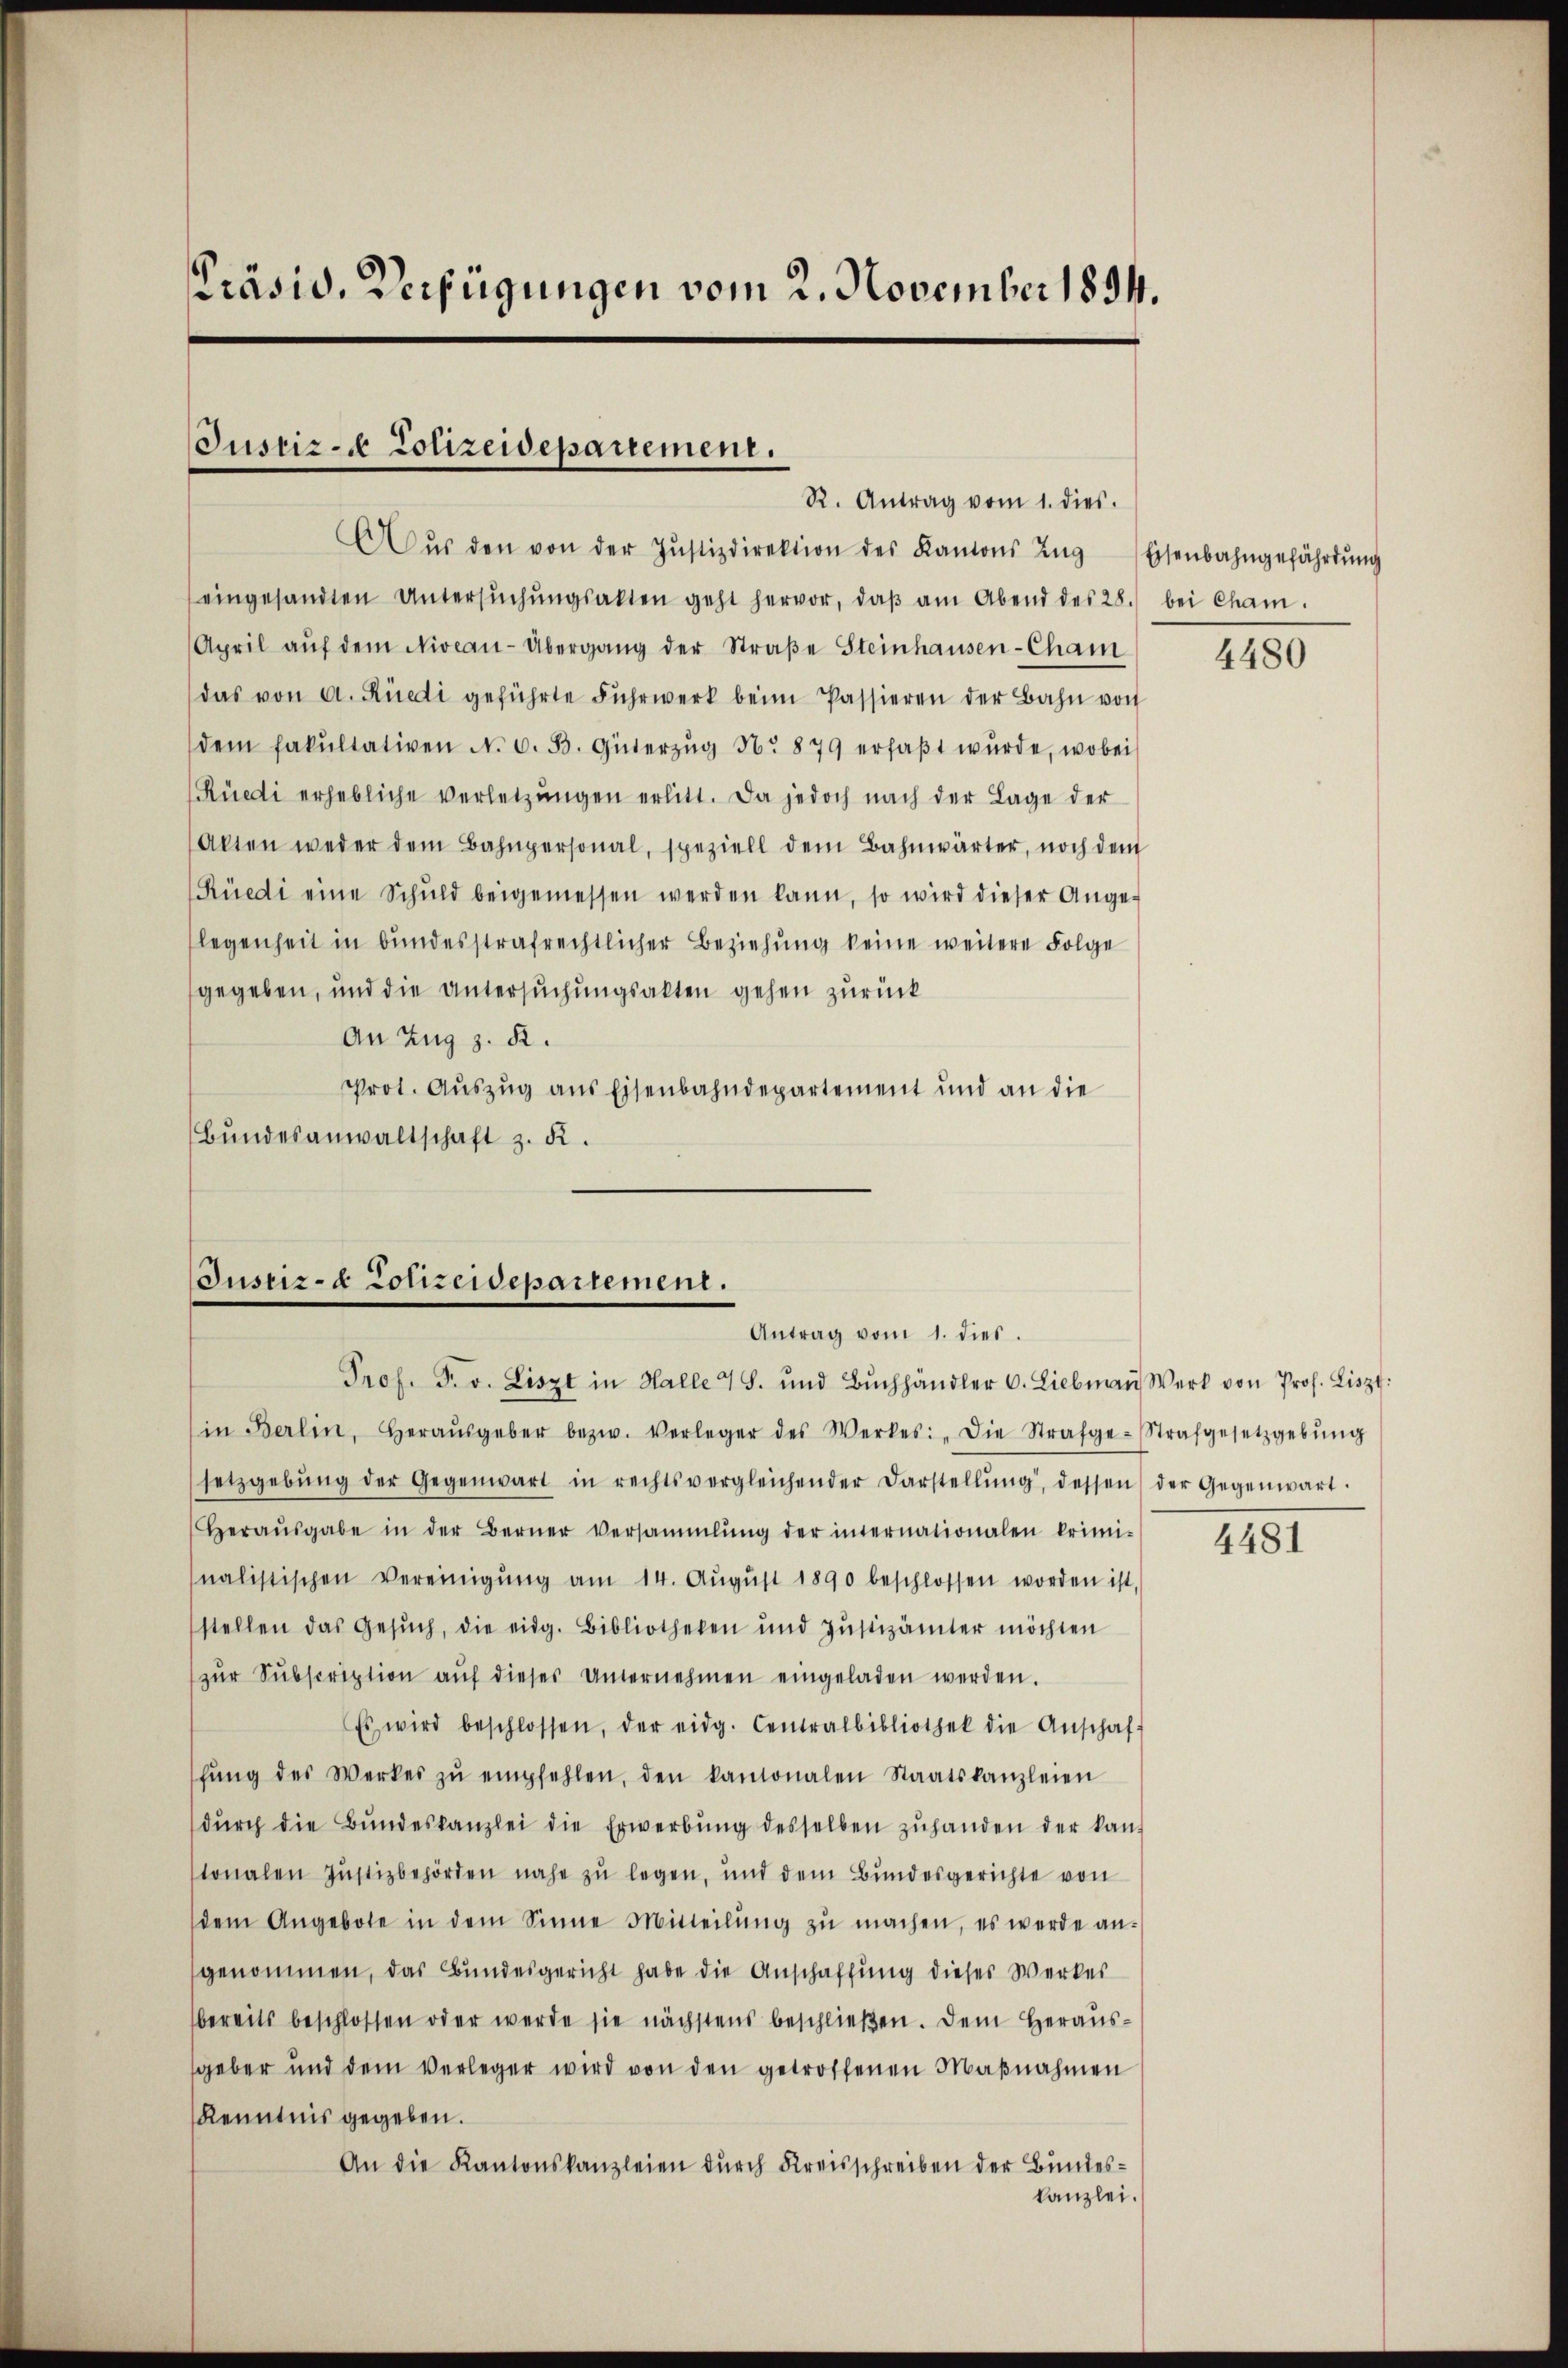
Präsid. Verfügungen vom 2. November 1894.

Justiz- & Polizeidepartement.
R. Antrag vom 1. dies.

Aŭs den von der Justizdirektion des Kantons Zug
eingesandten Untersŭchŭngsakten geht hervor, daβ am Abend des 28. bei Cham.
April aŭf dem Niveau-Übergang der Straße Steinhausen-Cham
das von A. Rüedi geführte Fuhrwerk beim Passieren der Bahn von
dem fakultativen N. O. B. Güterzŭg No 879 erfaβt wŭrde, wobei
Rüedi erhebliche verletzŭngen erlitt. Da jedoch nach der Lage der
Alten weder dem Bahnpersonal, speziell dem Bahnwärter, noch dem
Rüedi eine Schuld beigemessen werden kann, so wird dieser Angelegenheit in bundesstrafrechtlicher Beziehung keine weitere Folge
gegeben, und die Untersuchungsakten gehen zurück
An Zug z. R.
Prot. Auszug aus Eisenbahndepartement und an die
Bŭndesanwaltschaft z. K.

Justiz- & Lotreidepartement.
Antrag vom 1. dies.
Prof. Pro. Liszt in Halle 4 S. und Bŭchhändler C. Liebmaṅ Werk von Prof. Liszt:

in Berlin, Heraŭsgeber bezw. Verleger des Werkes: „Die Strafge-Strafgesetzgebŭng
setzgebŭng der Gegenwart in rechtsvergleichender Darstellŭng, dessen der Gegenwart.
Heraŭsgabe in der Berner Versammlung der internationalen krimi-
nalistischen Vereinigŭng am 14. Aŭgŭst 1890 beschlossen worden ist,
stellen das Gesŭch, die eidg. Bibliotheken und Jŭstizämter möchten
zŭr Subscription aŭf dieses Unternehmen eingeladen werden.
Es wird beschlossen, der eidg. Centralbibliothek die Anschaf-
hŭng des Werkes zŭ empfehlen, den kantonalen Staatskanzleien
dŭrch die Bŭndeskanzlei die Erwerbŭng desselben zŭhanden der kan-
tonalen Justizbehörden nahe zu legen, und dem Bundesgerichte von
dem Angebote in dem Sinne Mitteilŭng zŭ machen, es werde an-
genommen, das Bundesgericht habe die Anschaffung dieses Werker
bereits beschlossen oder werde sie nächstens beschließen. Dem Heraussgeber und dem verleger wird von den getroffenen Maßnahmen
Kenntnis gegeben.
An die Kantonskanzleien durch Kreisschreiben der Bundeskanzlei.

Eisenbahngefährdung

4480

4481